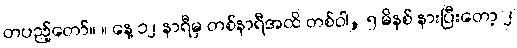
တပည့်တော်။ ။ နေ့ ၁၂ နာရီမှ တစ်နာရီအထိ တစ်ဝါ, ၅ မိနစ် နားပြီးတော့ ၂